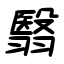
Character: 翳